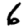
Digit: 6